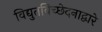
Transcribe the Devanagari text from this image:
विद्युतविच्छेदनाद्वारे